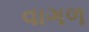
વાગળ